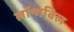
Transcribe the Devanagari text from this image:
लॉन्गबिल